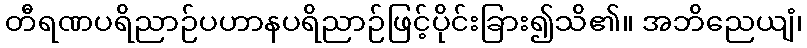
တီရဏပရိညာဉ်ပဟာနပရိညာဉ်ဖြင့်ပိုင်းခြား၍သိ၏။ အဘိညေယျံ၊